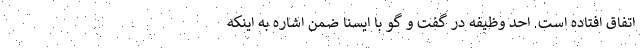
اتفاق افتاده است. احد وظیفه در گفت و گو با ایسنا ضمن اشاره به اینکه